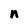
Character: n